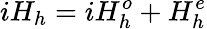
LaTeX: iH_{h}=iH_{h}^{o}+H_{h}^{e}